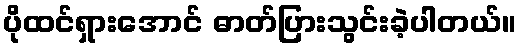
ပိုထင်ရှားအောင် ဓာတ်ပြားသွင်းခဲ့ပါတယ်။